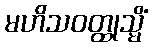
မဟိသဝတ္ထုသ္မိံ